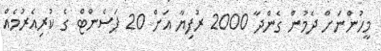
މީހުންނަށް ދެމުން ގެންދާ 2000 ރުފިޔާ އަށް 20 ޕަސެންޓް ގެ ކުރިއެރުމެއް